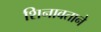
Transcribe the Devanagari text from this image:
शिनावताने